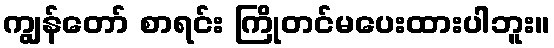
ကျွန်တော် စာရင်း ကြိုတင်မပေးထားပါဘူး။